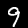
Digit: 9